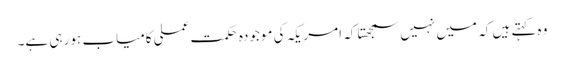
وہ کہتے ہیں کہ میں نہیں سمجھتا کہ امریکہ کی موجودہ حکمت عملی کامیاب ہو رہی ہے۔